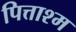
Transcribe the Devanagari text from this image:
पित्ताश्म